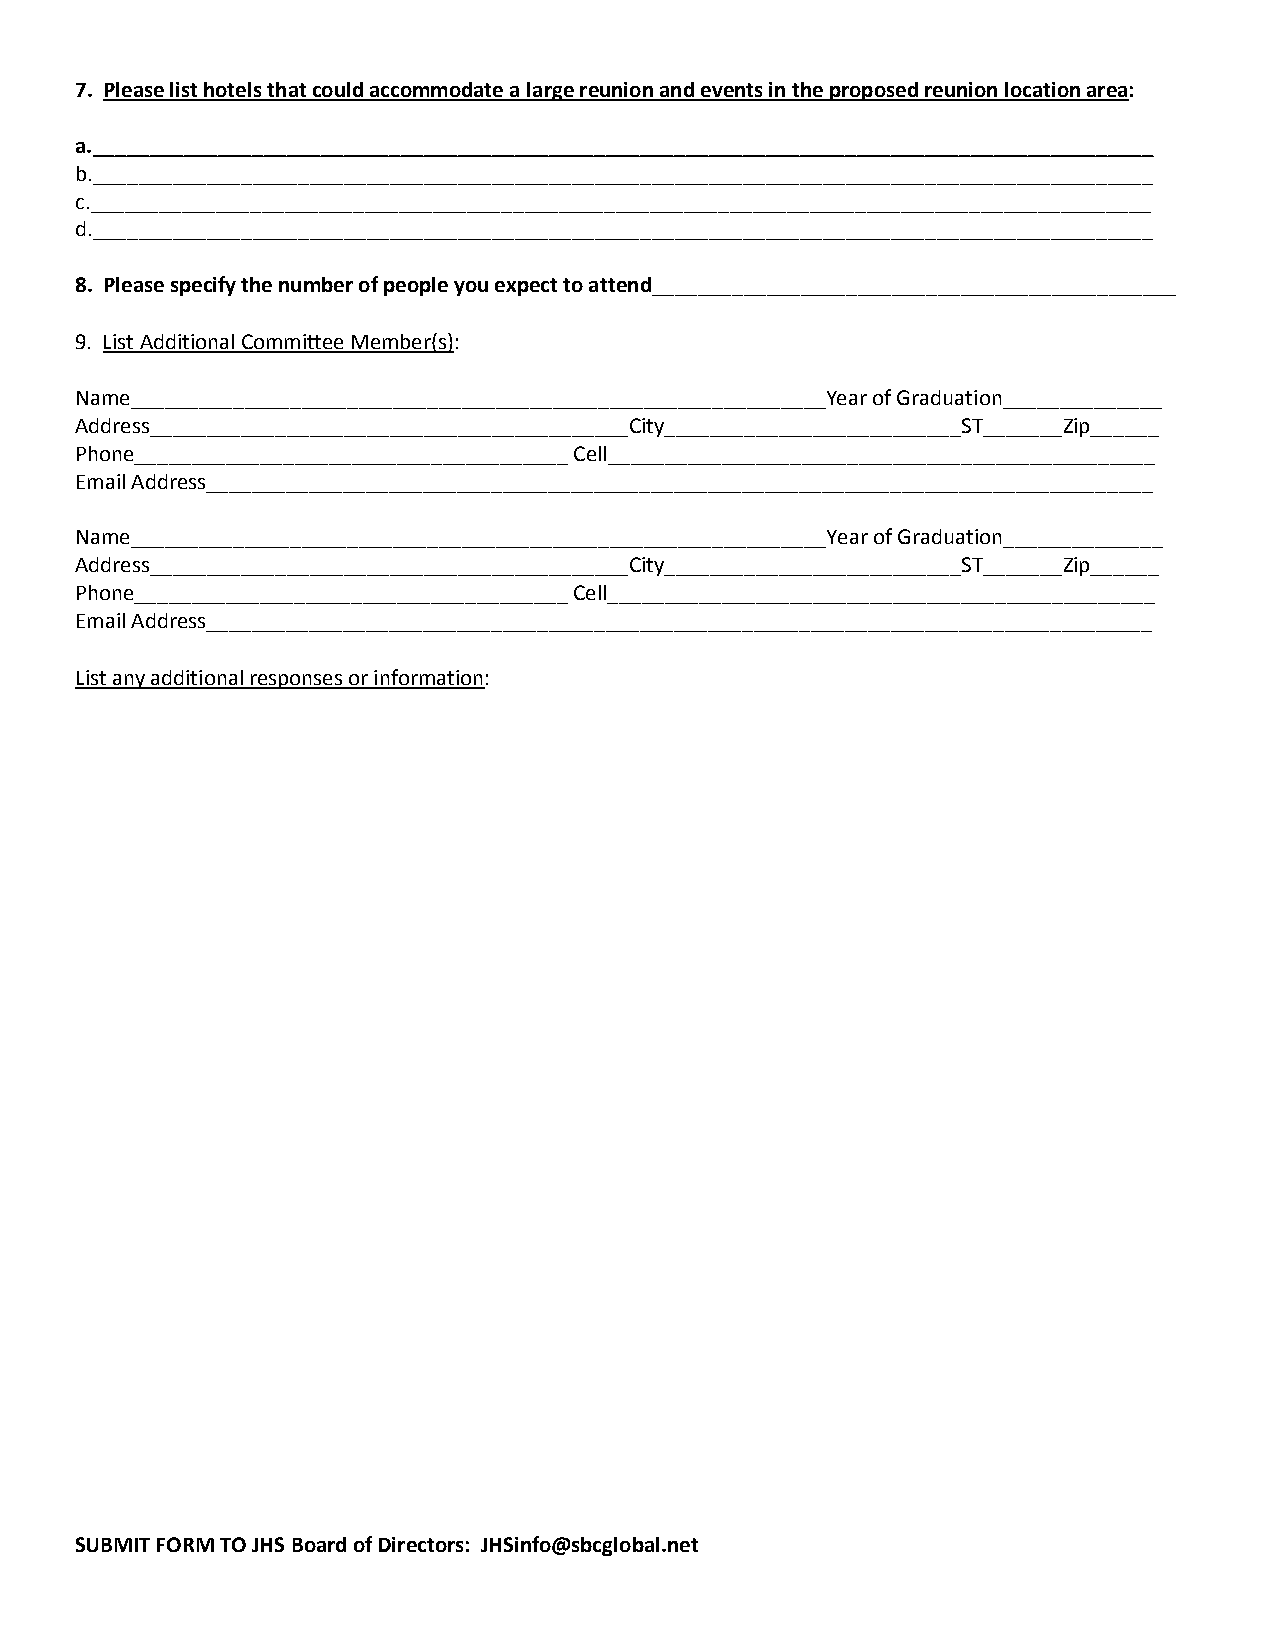
7. Please list hotels that could accommodate a large reunion and events in the proposed reunion location area:
 a._____________________________________________________________________________________________
 b._____________________________________________________________________________________________
 c._____________________________________________________________________________________________
 d._____________________________________________________________________________________________
 8. Please specify the number of people you expect to attend______________________________________________
 9. List Additional Committee Member(s):
 Name_____________________________________________________________Year of Graduation______________
 Address__________________________________________City__________________________ST_______Zip______
 Phone______________________________________ Cell________________________________________________
 Email Address___________________________________________________________________________________
 Name_____________________________________________________________Year of Graduation______________
 Address__________________________________________City__________________________ST_______Zip______
 Phone______________________________________ Cell________________________________________________
 Email Address___________________________________________________________________________________
 List any additional responses or information:
 SUBMIT FORM TO JHS Board of Directors: JHSinfo@sbcglobal.net